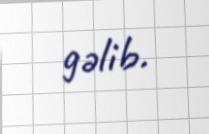
gəlib.